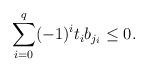
LaTeX: \begin{align*}\sum_{i=0}^{q}(-1)^{i}t_ib_{j_i} \leq 0.\end{align*}